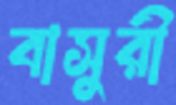
বাসুরী